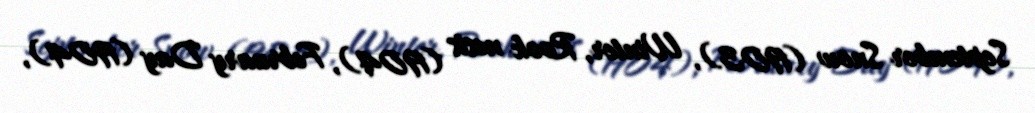
September Snow (1903), Winter, Rook nests (1904), February Day (1904),